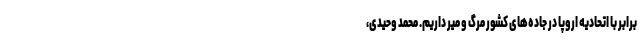
برابر با اتحادیه اروپا در جاده‌های کشور مرگ و میر داریم. محمد وحیدی،